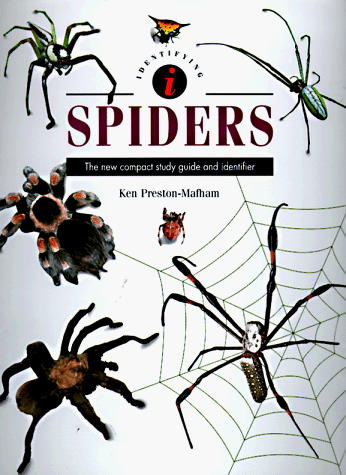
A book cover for Identifying Spiders: The New Compact Study Guide and Identifier (Identifying Guide Series); Ken Preston-Mafham; Sports & Outdoors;